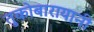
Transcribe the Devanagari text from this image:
तुकोबारायानी